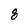
Character: 8